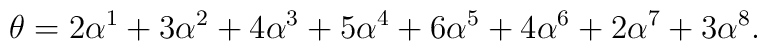
\theta = 2\alpha^1 + 3\alpha^2   + 4\alpha^3 + 5\alpha^4 + 6\alpha^5   + 4\alpha^6 + 2\alpha^7 + 3\alpha^8.